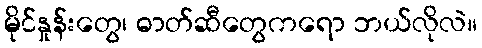
မိုင်နှုန်းတွေ၊ ဓာတ်ဆီတွေကရော ဘယ်လိုလဲ။